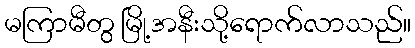
မကြာမီတွ မြို့အနီးသို့ရောက်လာသည်။